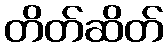
တိတ်ဆိတ်